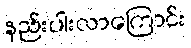
နည်းပါးလာကြောင်း